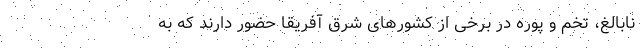
نابالغ، تخم و پوره در برخی از کشورهای شرق آفریقا حضور دارند که به